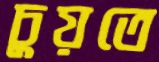
চুয়তে